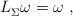
\begin{align*} L_\Sigma^{} \omega = \omega~,\end{align*}